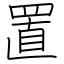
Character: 置